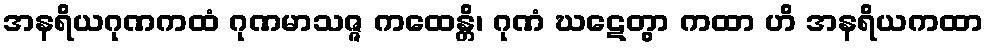
အနရိယဂုဏကထံ ဂုဏမာသဇ္ဇ ကထေန္တိ၊ ဂုဏံ ဃဋေတွာ ကထာ ဟိ အနရိယကထာ